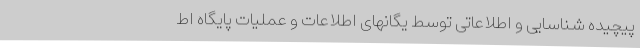
پیچیده شناسایی و اطلاعاتی توسط یگانهای اطلاعات و عملیات پایگاه اط